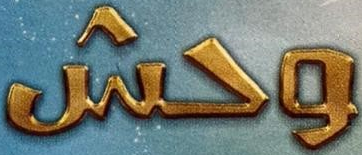
وحش